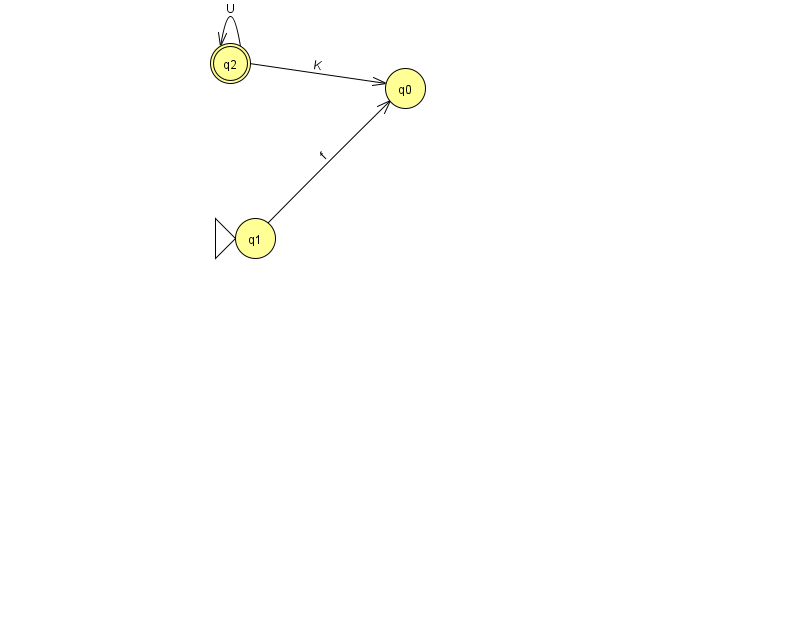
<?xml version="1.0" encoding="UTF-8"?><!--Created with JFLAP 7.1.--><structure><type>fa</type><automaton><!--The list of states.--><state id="0" name="q0"><x>405.0</x><y>75.0</y></state><state id="1" name="q1"><x>255.0</x><y>225.0</y><initial/></state><state id="2" name="q2"><x>230.0</x><y>50.0</y><final/></state><!--The list of transitions.--><transition><from>2</from><to>2</to><read>U</read></transition><transition><from>1</from><to>0</to><read>f</read></transition><transition><from>2</from><to>0</to><read>K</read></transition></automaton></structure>